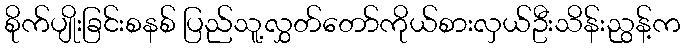
စိုက်ပျိုးခြင်းစနစ် ပြည်သူ့လွှတ်တော်ကိုယ်စားလှယ်ဦးသိန်းညွန့်က